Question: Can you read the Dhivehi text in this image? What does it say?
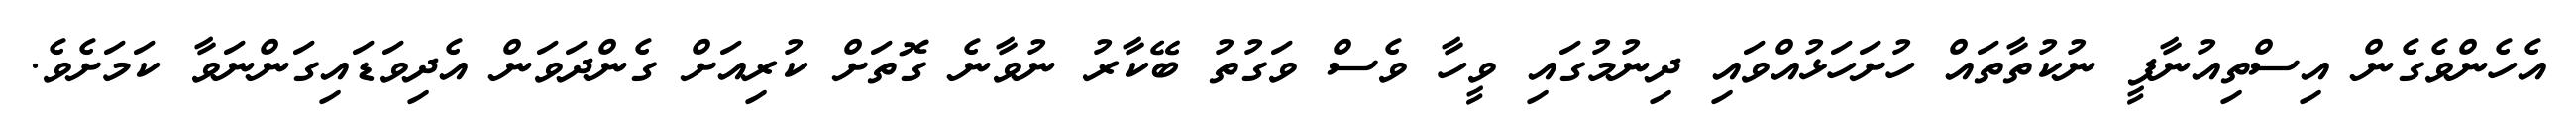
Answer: އެހެންވެގެން އިސްތިއުނާފީ ނުކުތާތައް ހުށަހަޅުއްވައި ދިނުމުގައި ވީހާ ވެސް ވަގުތު ބޭކާރު ނުވާނެ ގޮތަށް ކުރިއަށް ގެންދަވަން އެދިވަޑައިގަންނަވާ ކަމަށެވެ.